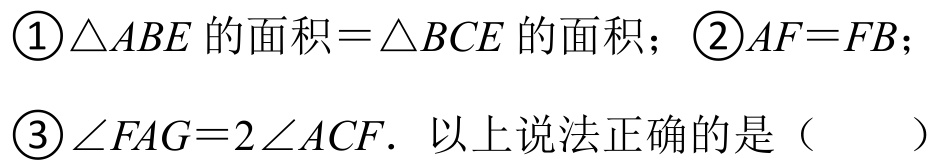
\textcircled{1}\(\triangle ABE\) 的面积\(=\triangle BCE\) 的面积；\(\textcircled{2}AF = FB\)；\(\textcircled{3}\angle FAG = 2\angle ACF\). 以上说法正确的是（  ）